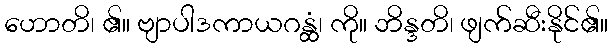
ဟောတိ၊ ၏။ ဗျာပါဒကာယဂန္ထံ၊ ကို။ ဘိန္ဒတိ၊ ဖျက်ဆီးနိုင်၏။